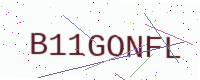
Text: B11GONFL